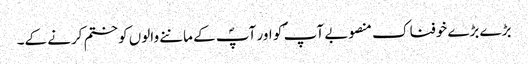
بڑے بڑے خوفناک منصوبے آپ ؐ کو اور آپؐ کے ماننے والوں کو ختم کرنے کے۔